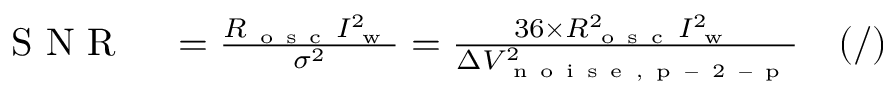
\begin{array} { r l r } { \mathrm { ~ S ~ N ~ R ~ } } & { { } = \frac { R _ { \mathrm { ~ o ~ s ~ c ~ } } I _ { \mathrm { ~ w ~ } } ^ { 2 } } { \sigma ^ { 2 } } = \frac { 3 6 \times R _ { \mathrm { ~ o ~ s ~ c ~ } } ^ { 2 } I _ { \mathrm { ~ w ~ } } ^ { 2 } } { \Delta V _ { \mathrm { ~ n ~ o ~ i ~ s ~ e ~ , ~ p ~ - ~ 2 ~ - ~ p ~ } } ^ { 2 } } } & { ( / ) } \end{array}